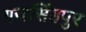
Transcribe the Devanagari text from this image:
गजसिंहपुर